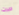
دبرت